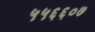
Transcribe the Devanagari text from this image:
५५६६०७